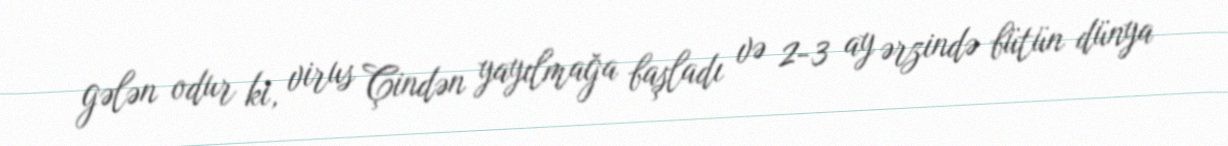
gələn odur ki, virus Çindən yayılmağa başladı və 2-3 ay ərzində bütün dünya